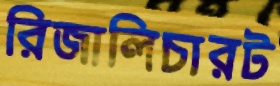
রিজালিচারট